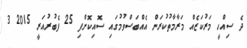
ދެ ސިއްހީ މަރުކަޒެއް މަރާމާތުކުރަން އެއްބަސްވުމުގައި ސޮއިކޮށްފި 25 ފެބުރުއަރީ 2015 3